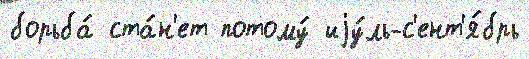
борьба́ ста́н'ет потому́ иjу́ль-с'ент'я́брь